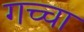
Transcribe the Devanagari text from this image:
गच्चा